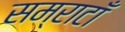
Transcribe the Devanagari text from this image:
सम्राटाँ